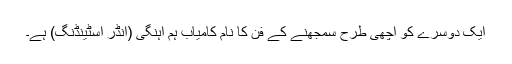
ایک دوسرے کو اچھی طرح سمجھنے کے فن کا نام کامیاب ہم آہنگی (انڈر اسٹینڈنگ) ہے۔